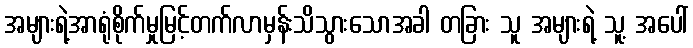
အများရဲ့အာရုံစိုက်မှုမြင့်တက်လာမှန်းသိသွားသောအခါ တခြား သူ အများရဲ့ သူ့ အပေါ်